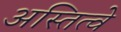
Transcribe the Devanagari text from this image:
अस्तित्वे